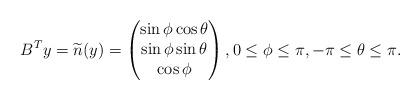
LaTeX: \begin{align*}B^T y = \widetilde{n}(y) = \begin{pmatrix}\sin\phi\cos\theta \\\sin\phi\sin\theta \\ \cos\phi\end{pmatrix}, 0 \leq \phi \leq\pi, - \pi \leq \theta \leq \pi.\end{align*}